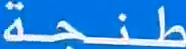
طَنْجِحة